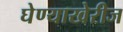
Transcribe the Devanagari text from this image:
घेण्याखेरीज